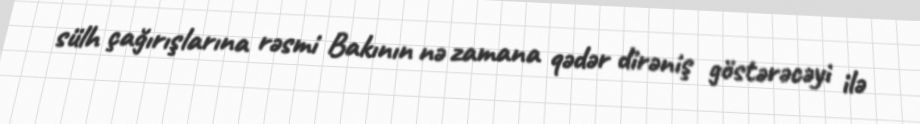
sülh çağırışlarına rəsmi Bakının nə zamana qədər dirəniş göstərəcəyi ilə